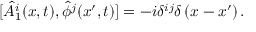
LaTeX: [ \hat { A } _ { 1 } ^ { i } ( x , t ) , \hat { \phi } ^ { j } ( x ^ { \prime } , t ) ] = - i \delta ^ { i j } \delta \left( x - x ^ { \prime } \right) .